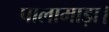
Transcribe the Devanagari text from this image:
पालामाड़ा।